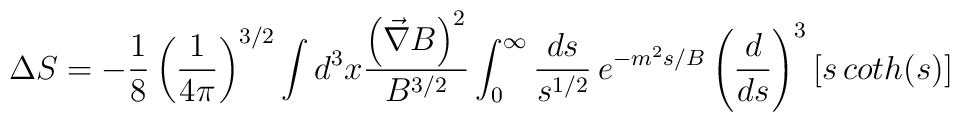
\Delta S= -\frac{1}{8}\left({1\over 4\pi}\right)^{3/2} \int d^3x{\left(\vec{\nabla} B\right)^2 \over B^{3/2}}\int_0^\infty {ds\over s^{1/2}}\,e^{-m^2s/B} \left({d\over ds}\right)^3\left[s\,coth(s)\right]